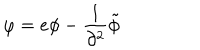
LaTeX: \varphi = e \phi - { \frac { 1 } { \partial ^ { 2 } } } \tilde { \phi }